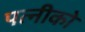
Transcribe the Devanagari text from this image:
पत्नीको